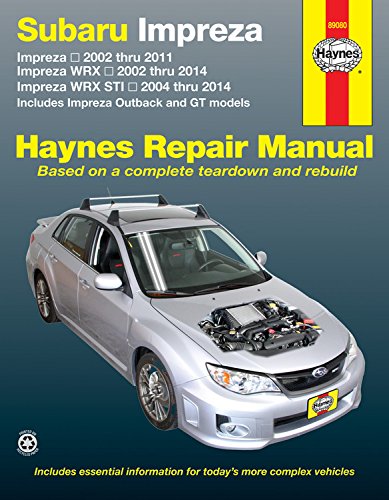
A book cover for Subaru Impreza 2002 thru 2011, Impreza WRX 2002 thru 2014, Impreza WRX STI 2004 thru 2014: Includes Impreza Outback and GT Models (Haynes Repair Manual); Editors of Haynes Manuals; Engineering & Transportation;